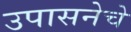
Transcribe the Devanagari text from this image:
उपासनेचे